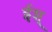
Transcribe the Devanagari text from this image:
ईश्